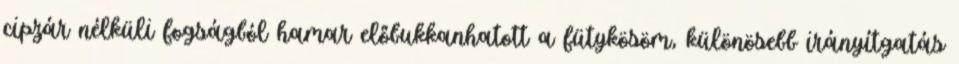
cipzár nélküli fogságból hamar előbukkanhatott a fütykösöm, különösebb irányítgatás